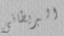
البريطانى